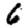
Digit: 6